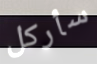
سأركل